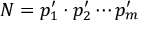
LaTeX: N = p _ { 1 } ^ { \prime } \cdot p _ { 2 } ^ { \prime } \cdots p _ { m } ^ { \prime }